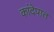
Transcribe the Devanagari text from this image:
कांदेपात